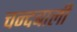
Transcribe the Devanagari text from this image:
चन्दबाली